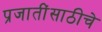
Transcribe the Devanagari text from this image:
प्रजातींसाठीचे